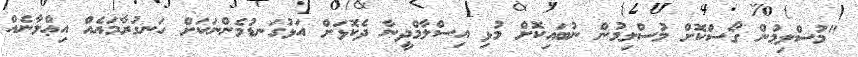
"މުސްލިމުން ގޯސްކޮށް މުސްލިމުން ނުބައިކޮށް މުޅި އިސްލާމްދީނާ ދެކޮޅަށް އަޅުގަނޑުމެންނަކަށް ހަނގުރާމައެއް އިޢްލާނެއް